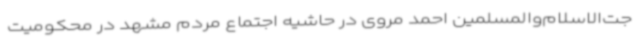
جت‌الاسلام‌والمسلمین احمد مروی در حاشیه اجتماع مردم مشهد در محکومیت